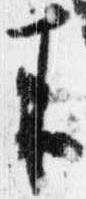
来